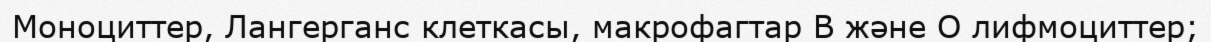
Моноциттер, Лангерганс клеткасы, макрофагтар В және О лифмоциттер;